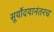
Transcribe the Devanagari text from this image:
सूर्योदयानंतरच